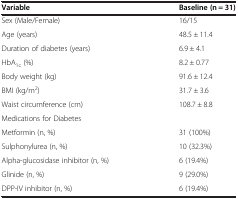
<table><thead><tr><td><b>Variable</b></td><td><b>Baseline (n = 31)</b></td></tr></thead><tbody><tr><td>Sex (Male/Female)</td><td>16/15</td></tr><tr><td>Age (years)</td><td>48.5 ± 11.4</td></tr><tr><td>Duration of diabetes (years)</td><td>6.9 ± 4.1</td></tr><tr><td>HbA<sub>1c</sub> (%)</td><td>8.2 ± 0.77</td></tr><tr><td>Body weight (kg)</td><td>91.6 ± 12.4</td></tr><tr><td>BMI (kg/m<sup>2</sup>)</td><td>31.7 ± 3.6</td></tr><tr><td>Waist circumference (cm)</td><td>108.7 ± 8.8</td></tr><tr><td>Medications for Diabetes</td><td> </td></tr><tr><td>Metformin (n, %)</td><td>31 (100%)</td></tr><tr><td>Sulphonylurea (n, %)</td><td>10 (32.3%)</td></tr><tr><td>Alpha-glucosidase inhibitor (n, %)</td><td>6 (19.4%)</td></tr><tr><td>Glinide (n, %)</td><td>9 (29.0%)</td></tr><tr><td>DPP-IV inhibitor (n, %)</td><td>6 (19.4%)</td></tr></tbody></table>